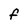
Character: F